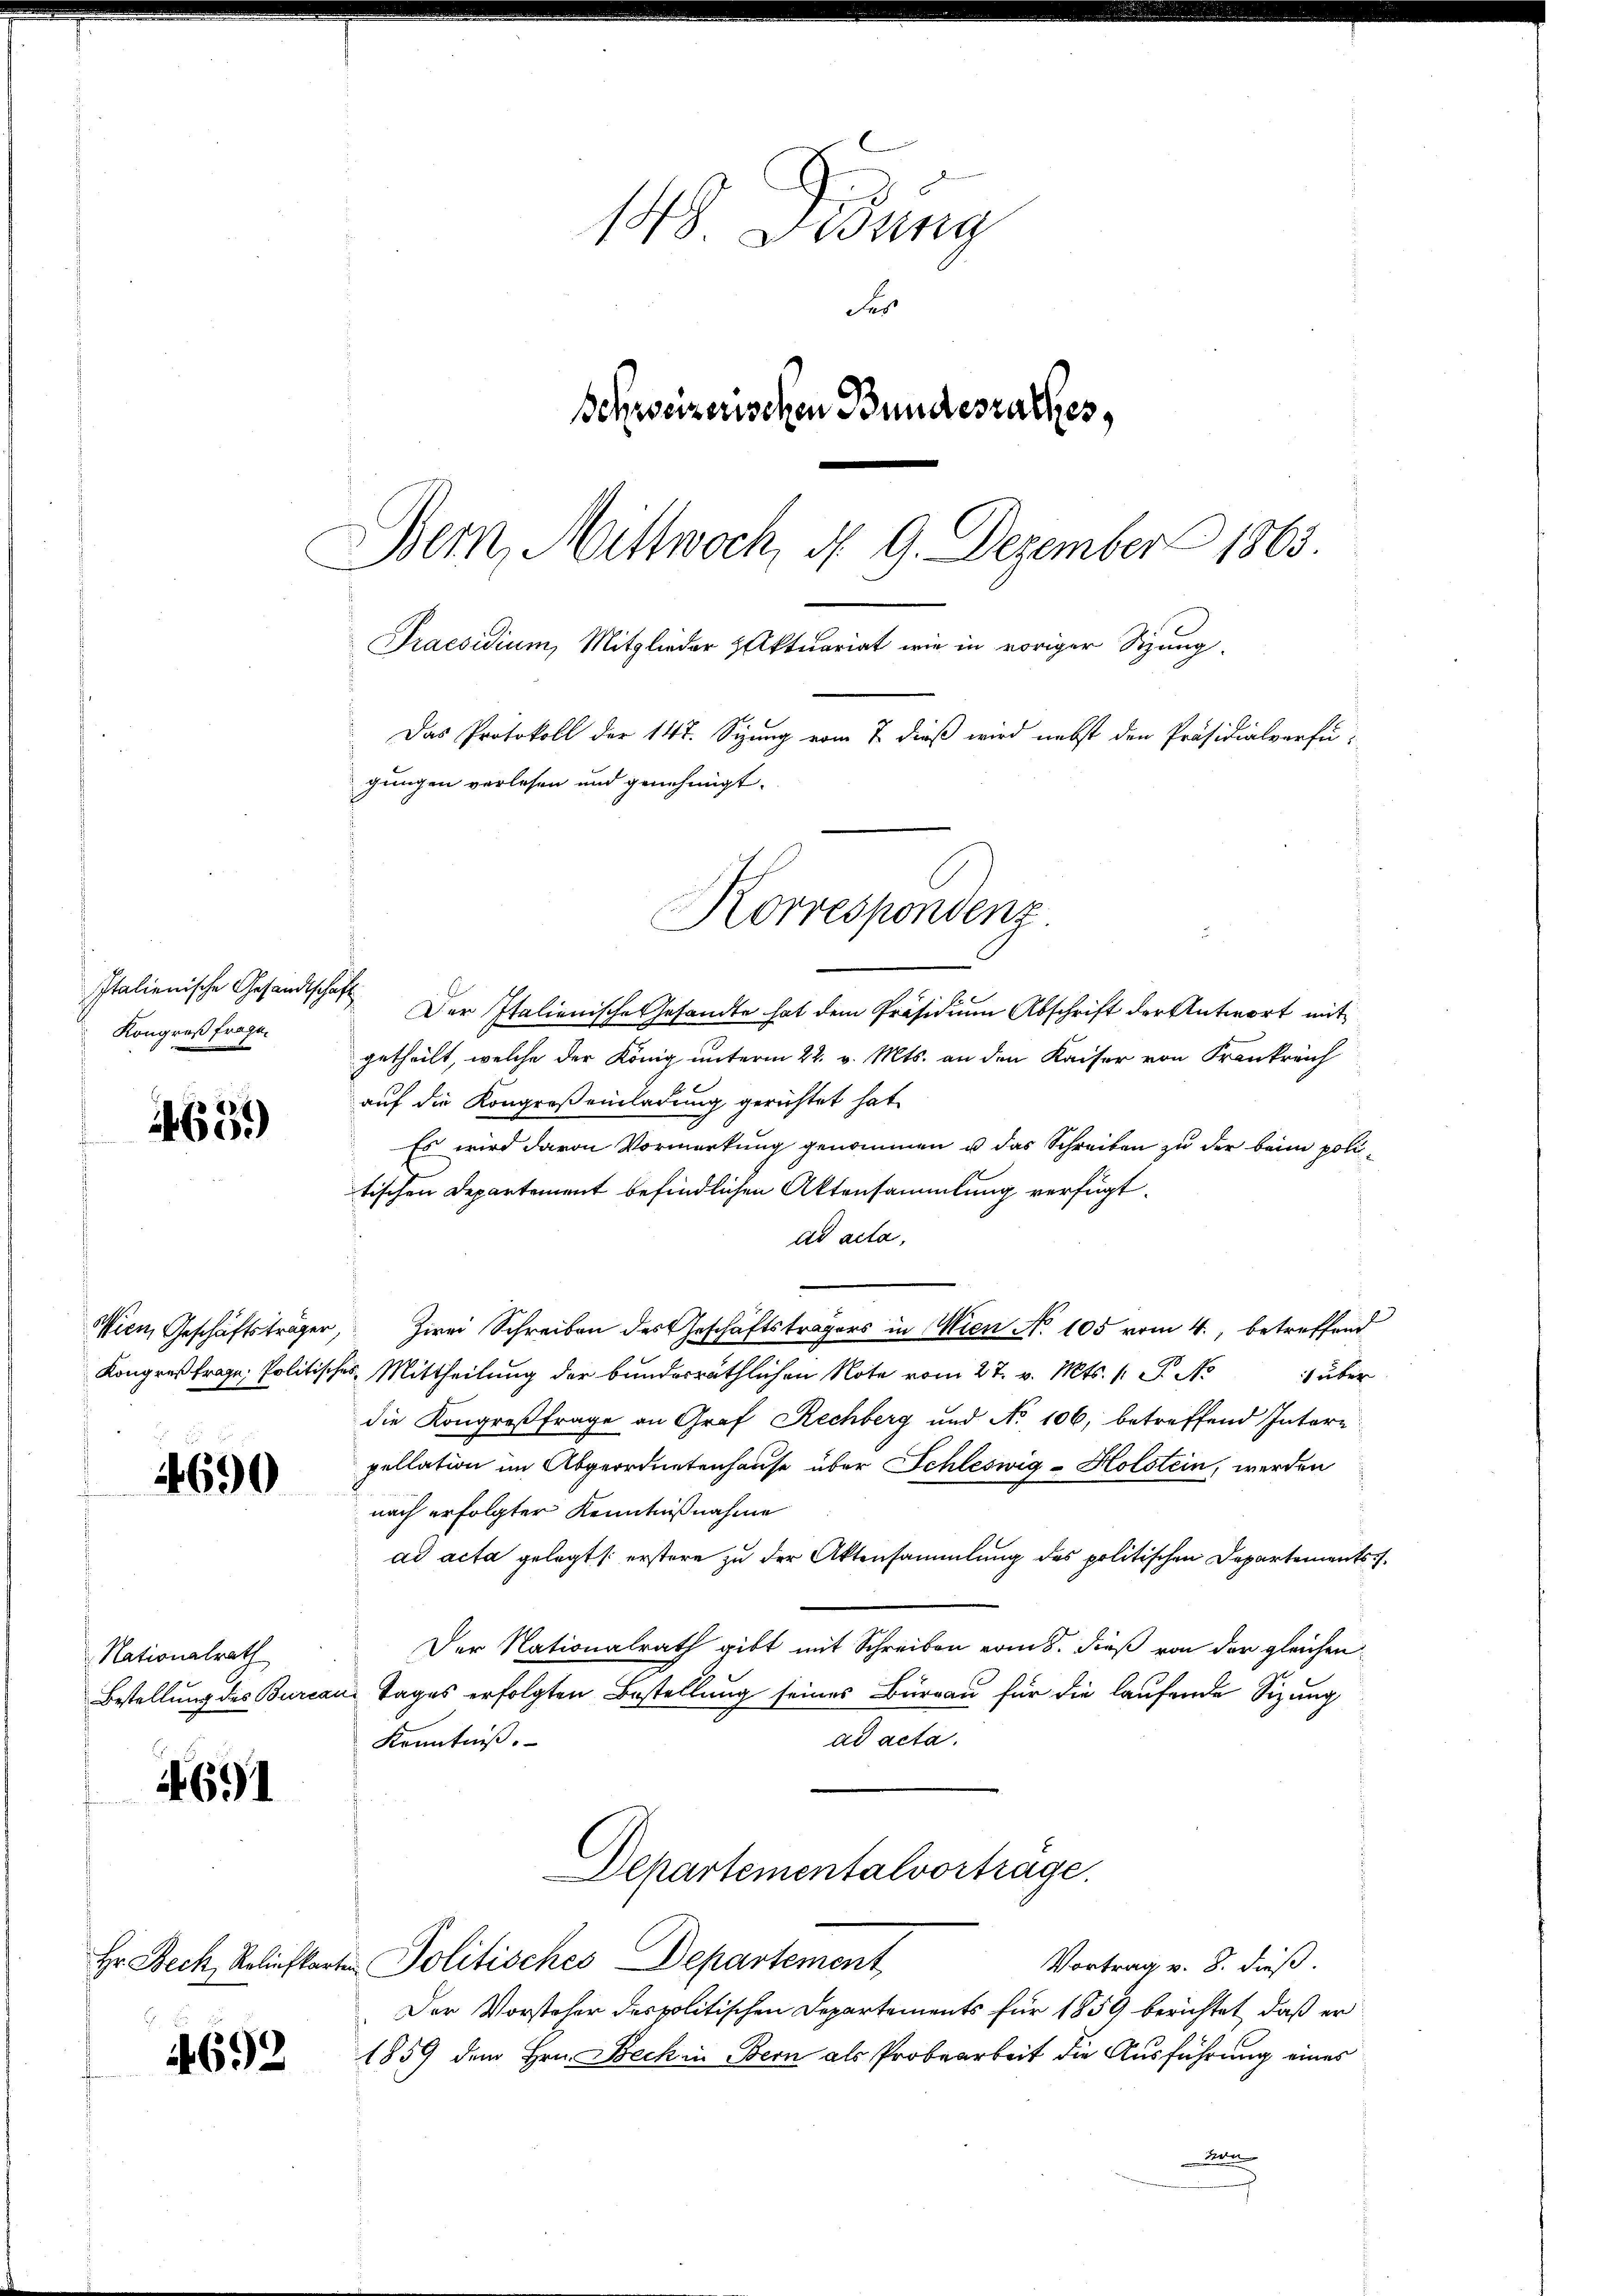
Italienische Gesandtschaft
Kongreß fragen

4659)

4690

Nationalrath

4691

4692

.
148. Desung
Fer
Schweizerischen Bundesrathes,
Bem, Mittwoch, d. 9. Dezember 1863.
Praesidium, Mitglieder Aktuariat wie in voriger Sitzung.
Das Protokoll der 147. Sizung vom 7. dieß wird nebst den Präsidialverfügungen verlesen und genehmigt.

Der Italienische Gesandte hat dem Präsidium Abschrift der Antwort mit
getheilt, welche der König unterm 22. v. Mts. an den Kaiser von Frankreich
auf die Kongreß einladung gerichtet hat
Es wird davon Vormerkung genommen u das Schreiben zu der beim politischen Departement befindlichen Aktensammlung verfügt:
ad acta,
Wien, Geschäftsträger, zwei Schreiben des Geschäftsträgers in Wien No 105 vom 4., betreffend
Kongreßfrage, Politisches Mittheilung der bunderräthlichen Note vom 27. v. Mts. 1 S. N
heben
die Kongreßfrage an Graf Rechberg und No 106, betreffend Intere
pellation im Abgeordnetenhause über Schleswig-Holstein, werden
nach erfolgter Kenntnißnahme
ad acta gelegt /: erstere zu der Aktensammlung des politischen Departements¬
Der Nationalrath gibt mit Schreiben vom 8. dieß von der gleichen
Bestellung des Burcan Tages erfolgten Bestellung seines Burgau für die laufende Sizung
ad acta.
Kenntniß.
Departementalvortrage.
Hr. Beck, Reliefkarten Politisches Departement
Vortrag v. 8. dieß.
Der Vorsteher des politischen Departements für 1859 berichtet, daß er
1859 dem Hrn. Beck in Bern als Probearbeit die Ausführung eines
.

Korrespondenz